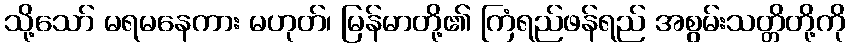
သို့သော် မရမနေကား မဟုတ်၊ မြန်မာတို့၏ ကြံရည်ဖန်ရည် အစွမ်းသတ္တိတို့ကို